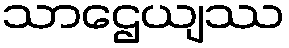
သာဌေယျဿ